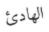
الھادئ